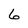
Character: 6